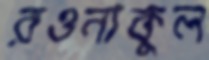
রওনাকুল